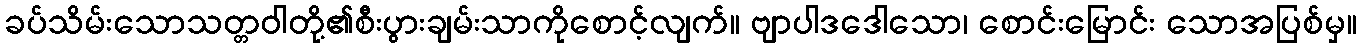
ခပ်သိမ်းသောသတ္တဝါတို့၏စီးပွားချမ်းသာကိုစောင့်လျက်။ ဗျာပါဒဒေါသော၊ စောင်းမြောင်း သောအပြစ်မှ။